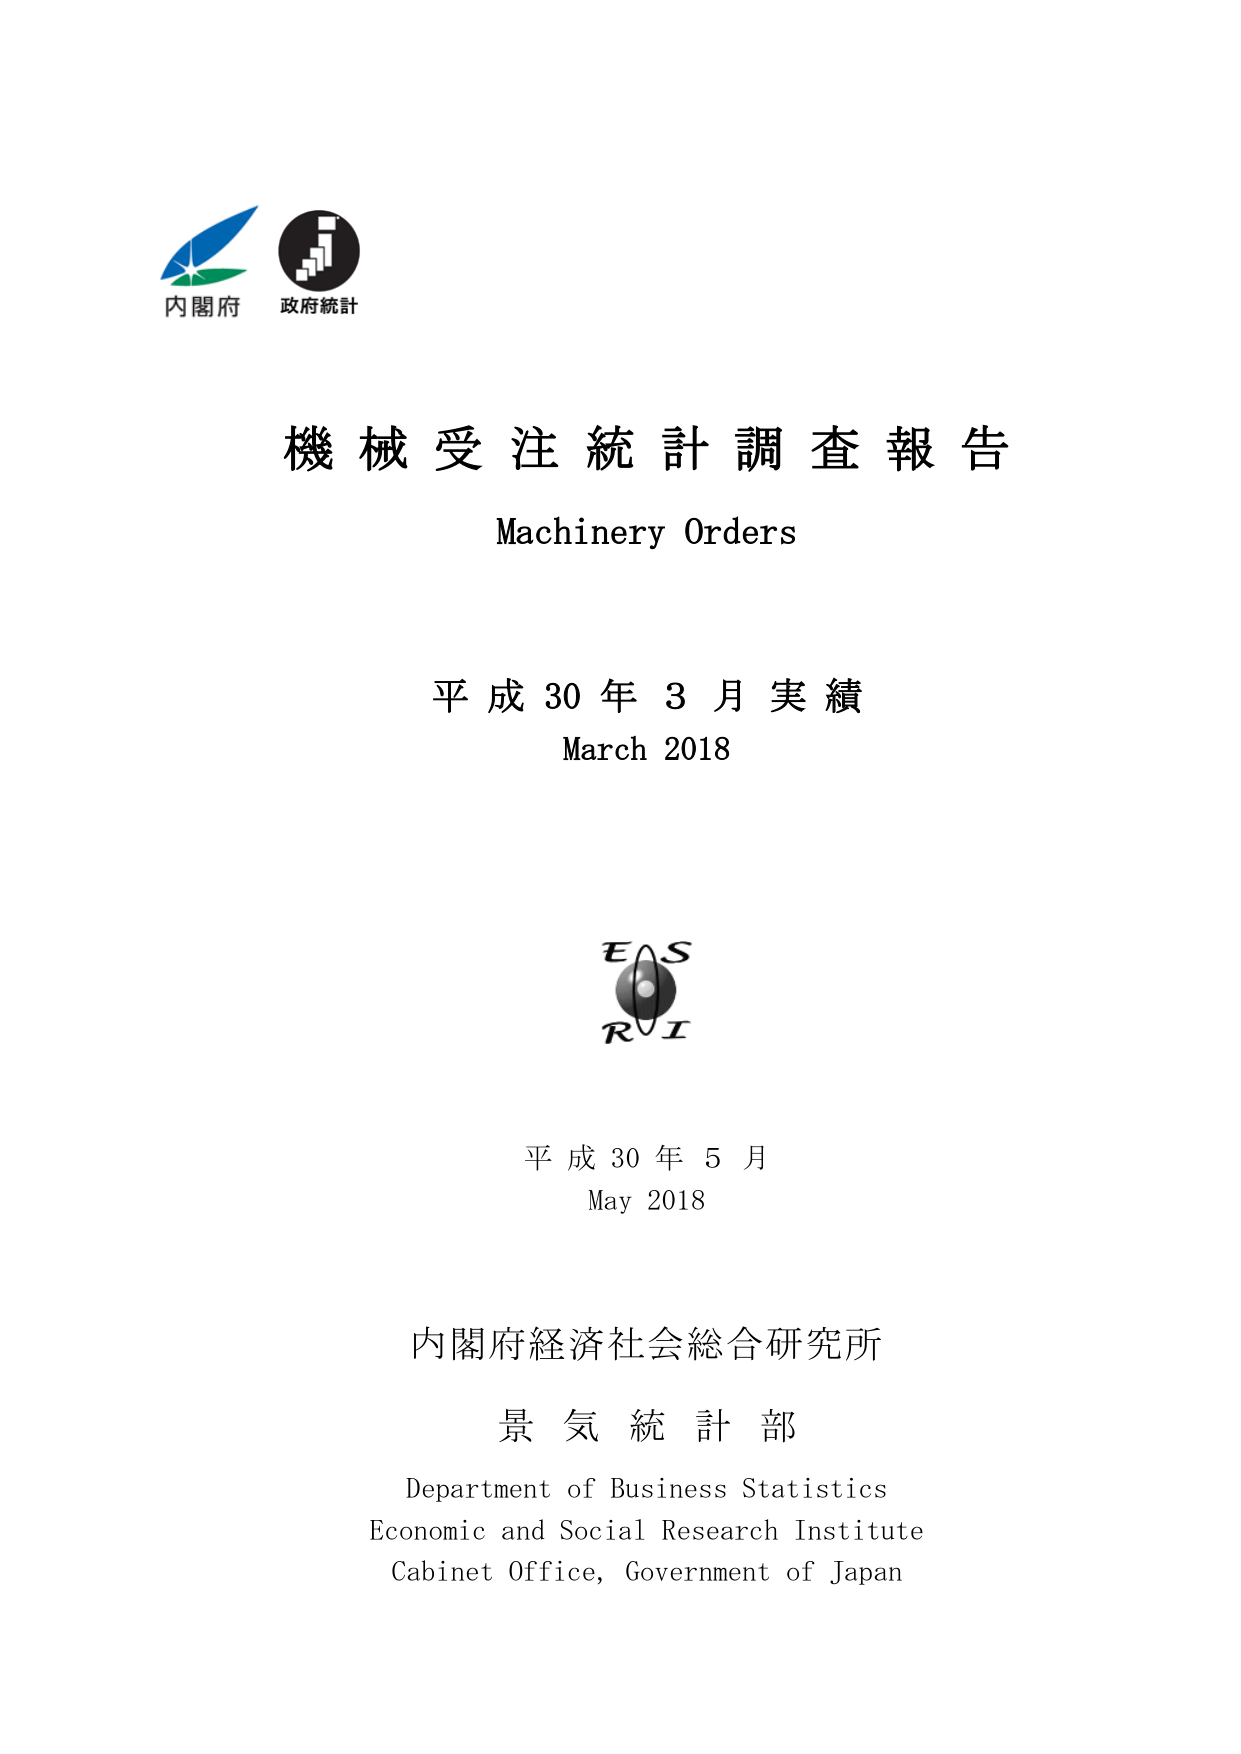
内閣府
政府統計

機械受注統計調査報告
Machinery Orders

平成30年3月実績
March 2018

EAS
RI

平成30年5月
May 2018

内閣府経済社会総合研究所
景気統計部
Department of Business Statistics
Economic and Social Research Institute
Cabinet Office, Government of Japan